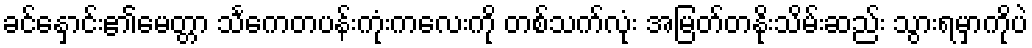
ခင်နှောင်း၏မေတ္တာ သင်္ကေတပန်းကုံးကလေးကို တစ်သက်လုံး အမြတ်တနိုးသိမ်းဆည်း သွားရမှာကိုပဲ